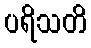
ပရိသတိ